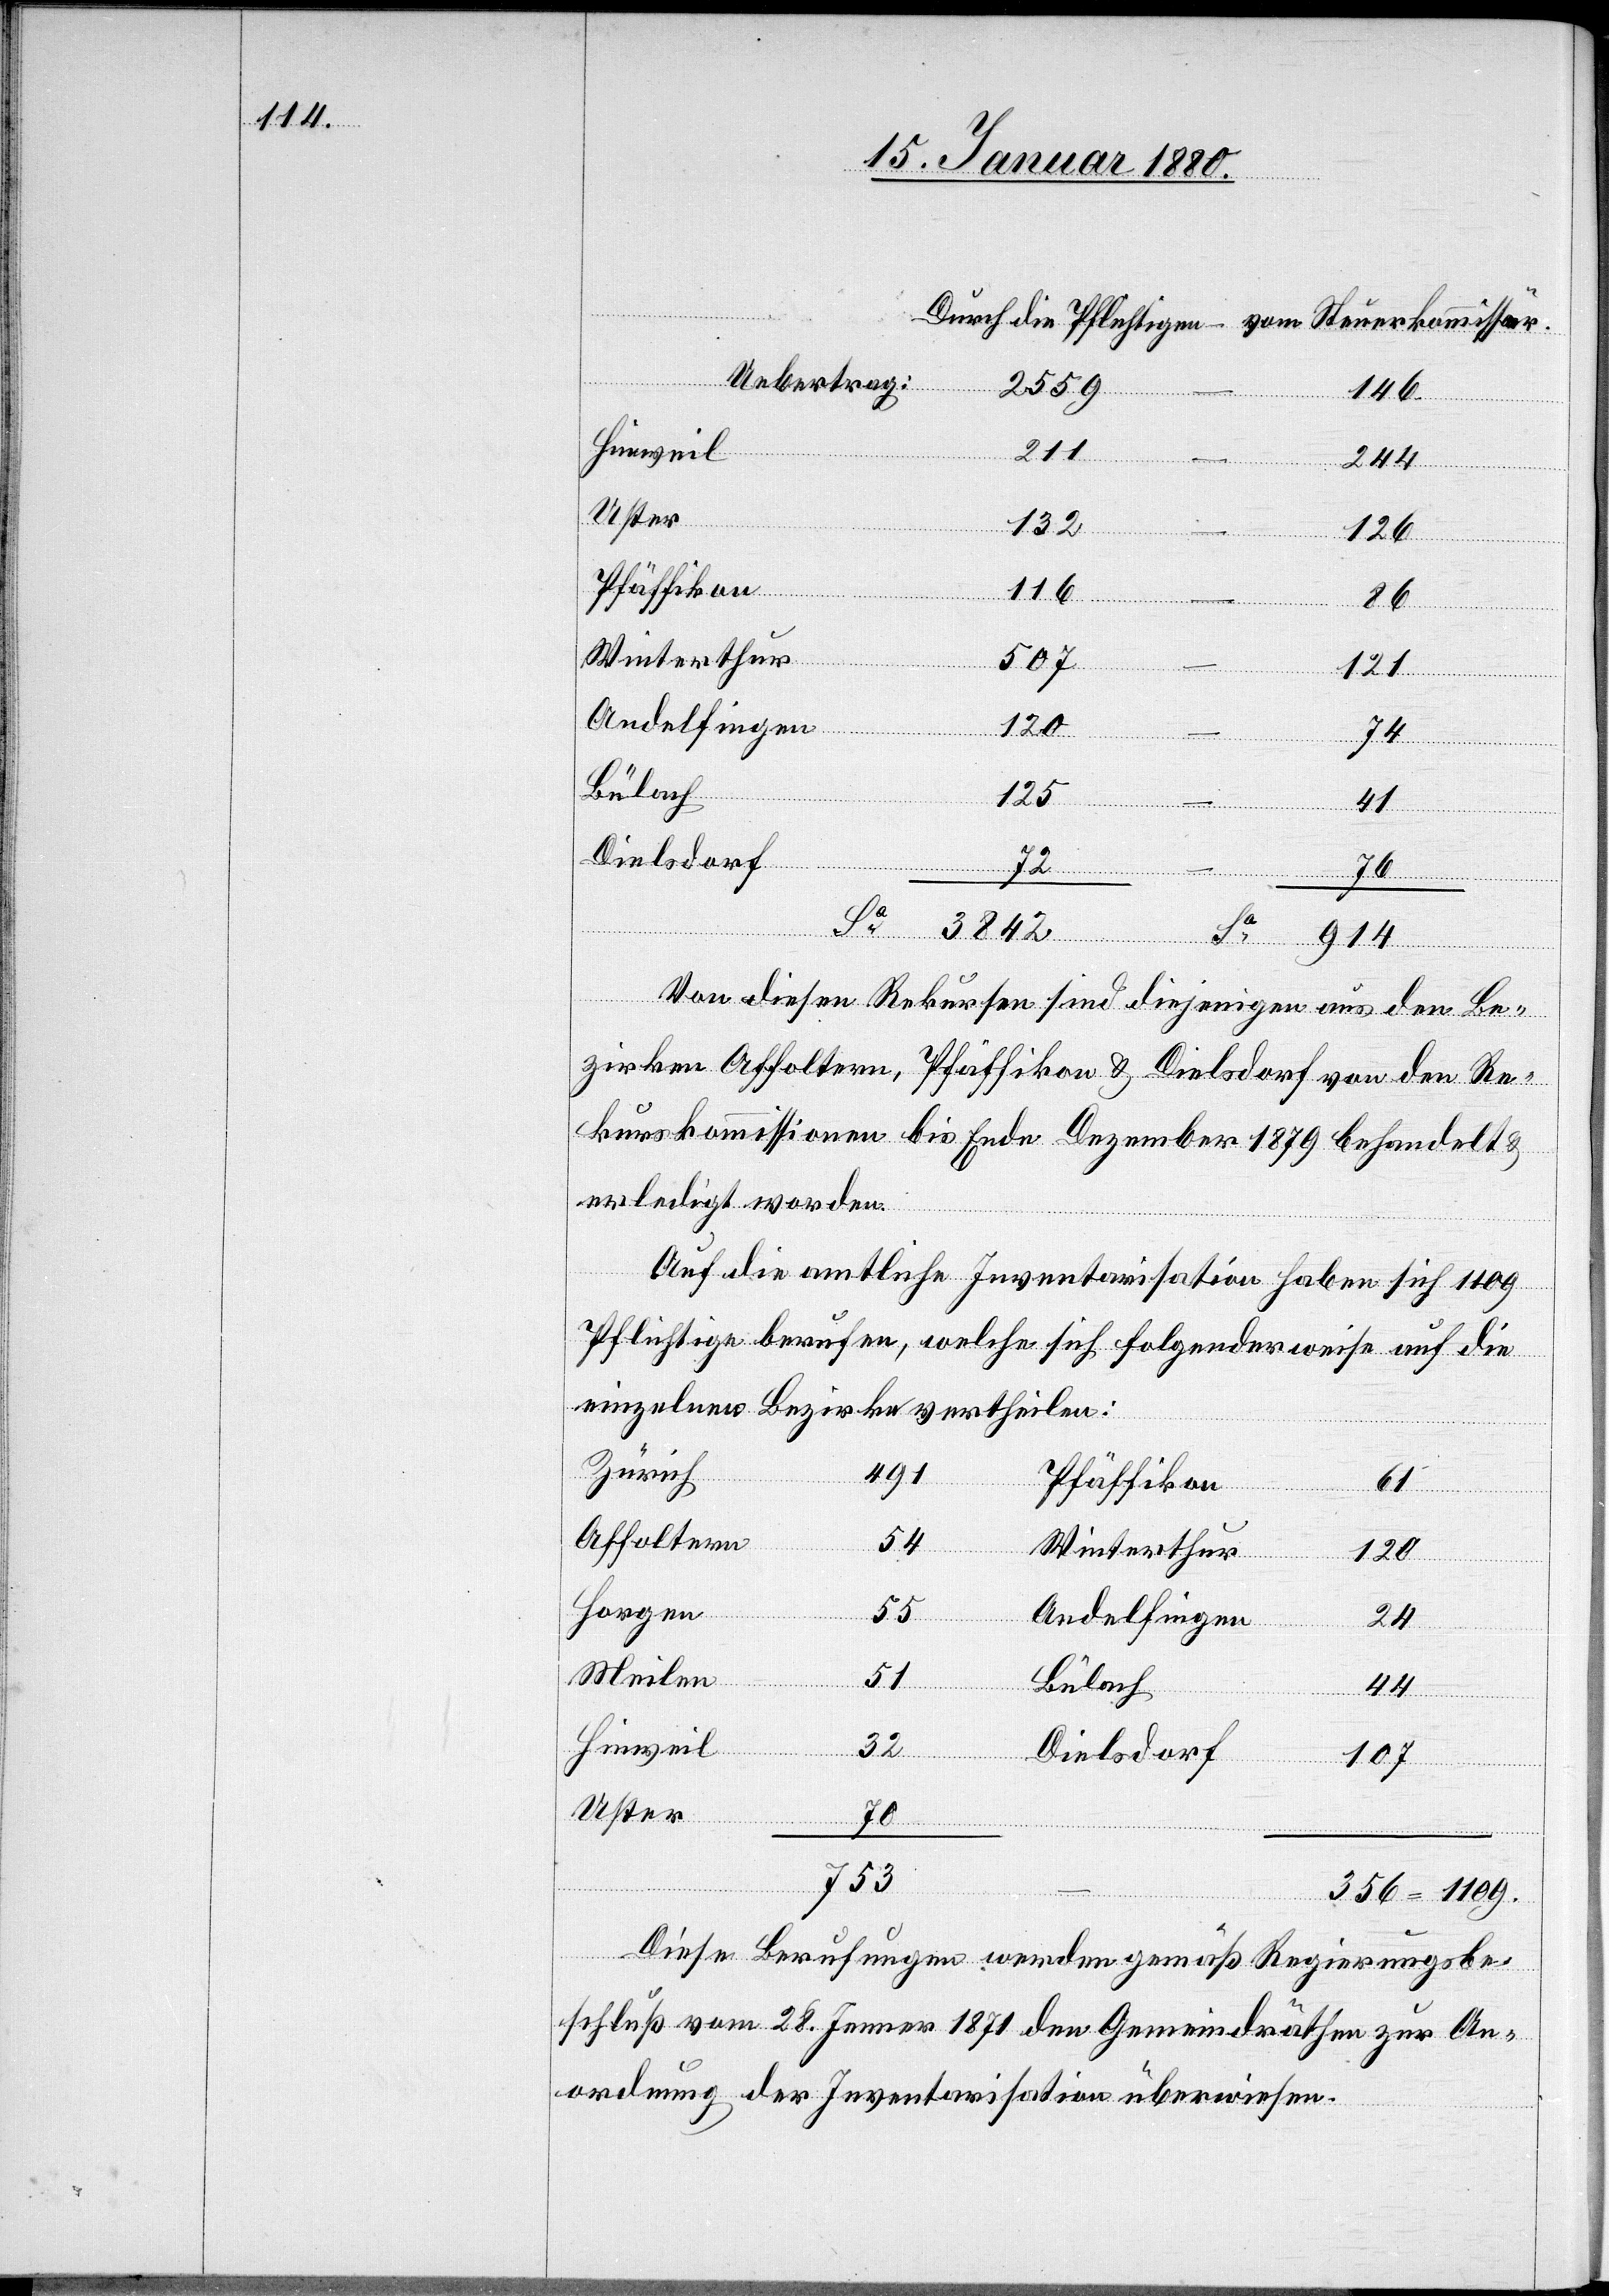
Uebertrag:
2559
1109
356
Hinweil
211
244
lichtigen
Uster
132
126
Pf¬
Pfäffikon
116
86
Steuer¬
Winterthur
507
121
Andelfingen
120
74
Bülach
125
41
–
3842
914
Von diesen Rekursen sind diejenigen aus den Be¬
zirken Affoltern, Pfäffikon & Dielsdorf von den Re¬
kurskommissionen bis Ende Dezember 1879 behandelt &
erledigt worden.
Auf die amtliche Inventarisation haben sich 1109
Pflichtige berufen, welche sich folgenderweise auf die
einzelnen Bezirke vertheilen:
Zürich
491
Pfäffikon
61
Affoltern
54
Winterthur
120
Horgen
55
Andelfingen
72
24
Meilen
51
die
Bülach
44
Hinweil
32
–
kommis¬
Dielsdorf
107
Uster
70
753
Diese Berufungen werden gemäß Regierungsbe¬
schluß vom 28. Jenner 1871 den Gemeindräthen zur An¬
ordnung der Inventarisation überwiesen.